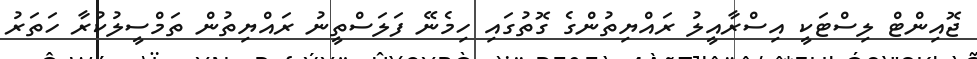
ޖޮއިންޓް ލިސްޓަކީ އިސްރާއީލު ރައްޔިތުންގެ ގޮތުގައި ހިމެނޭ ފަލަސްތީނު ރައްޔިތުން ތަމްސީލުކުރާ ހަތަރު